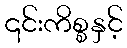
၎င်းကိစ္စနှင့်